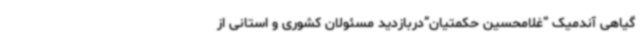
گیاهی آندمیک “غلامحسین حکمتیان”دربازدید مسئولان کشوری و استانی از